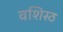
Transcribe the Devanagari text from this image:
वशिस्ठ